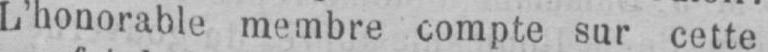
L’honorable membre compte sur cette